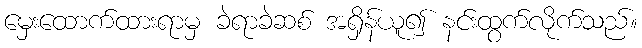
မှေးထောက်ထားရာမှ ခဲရာခဲဆစ် အရှိန်ယူ၍ နင်းထွက်လိုက်သည်။